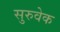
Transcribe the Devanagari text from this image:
सुरुवेक